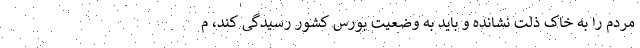
مردم را به خاک ذلت نشانده و باید به وضعیت بورس کشور رسیدگی کند، م